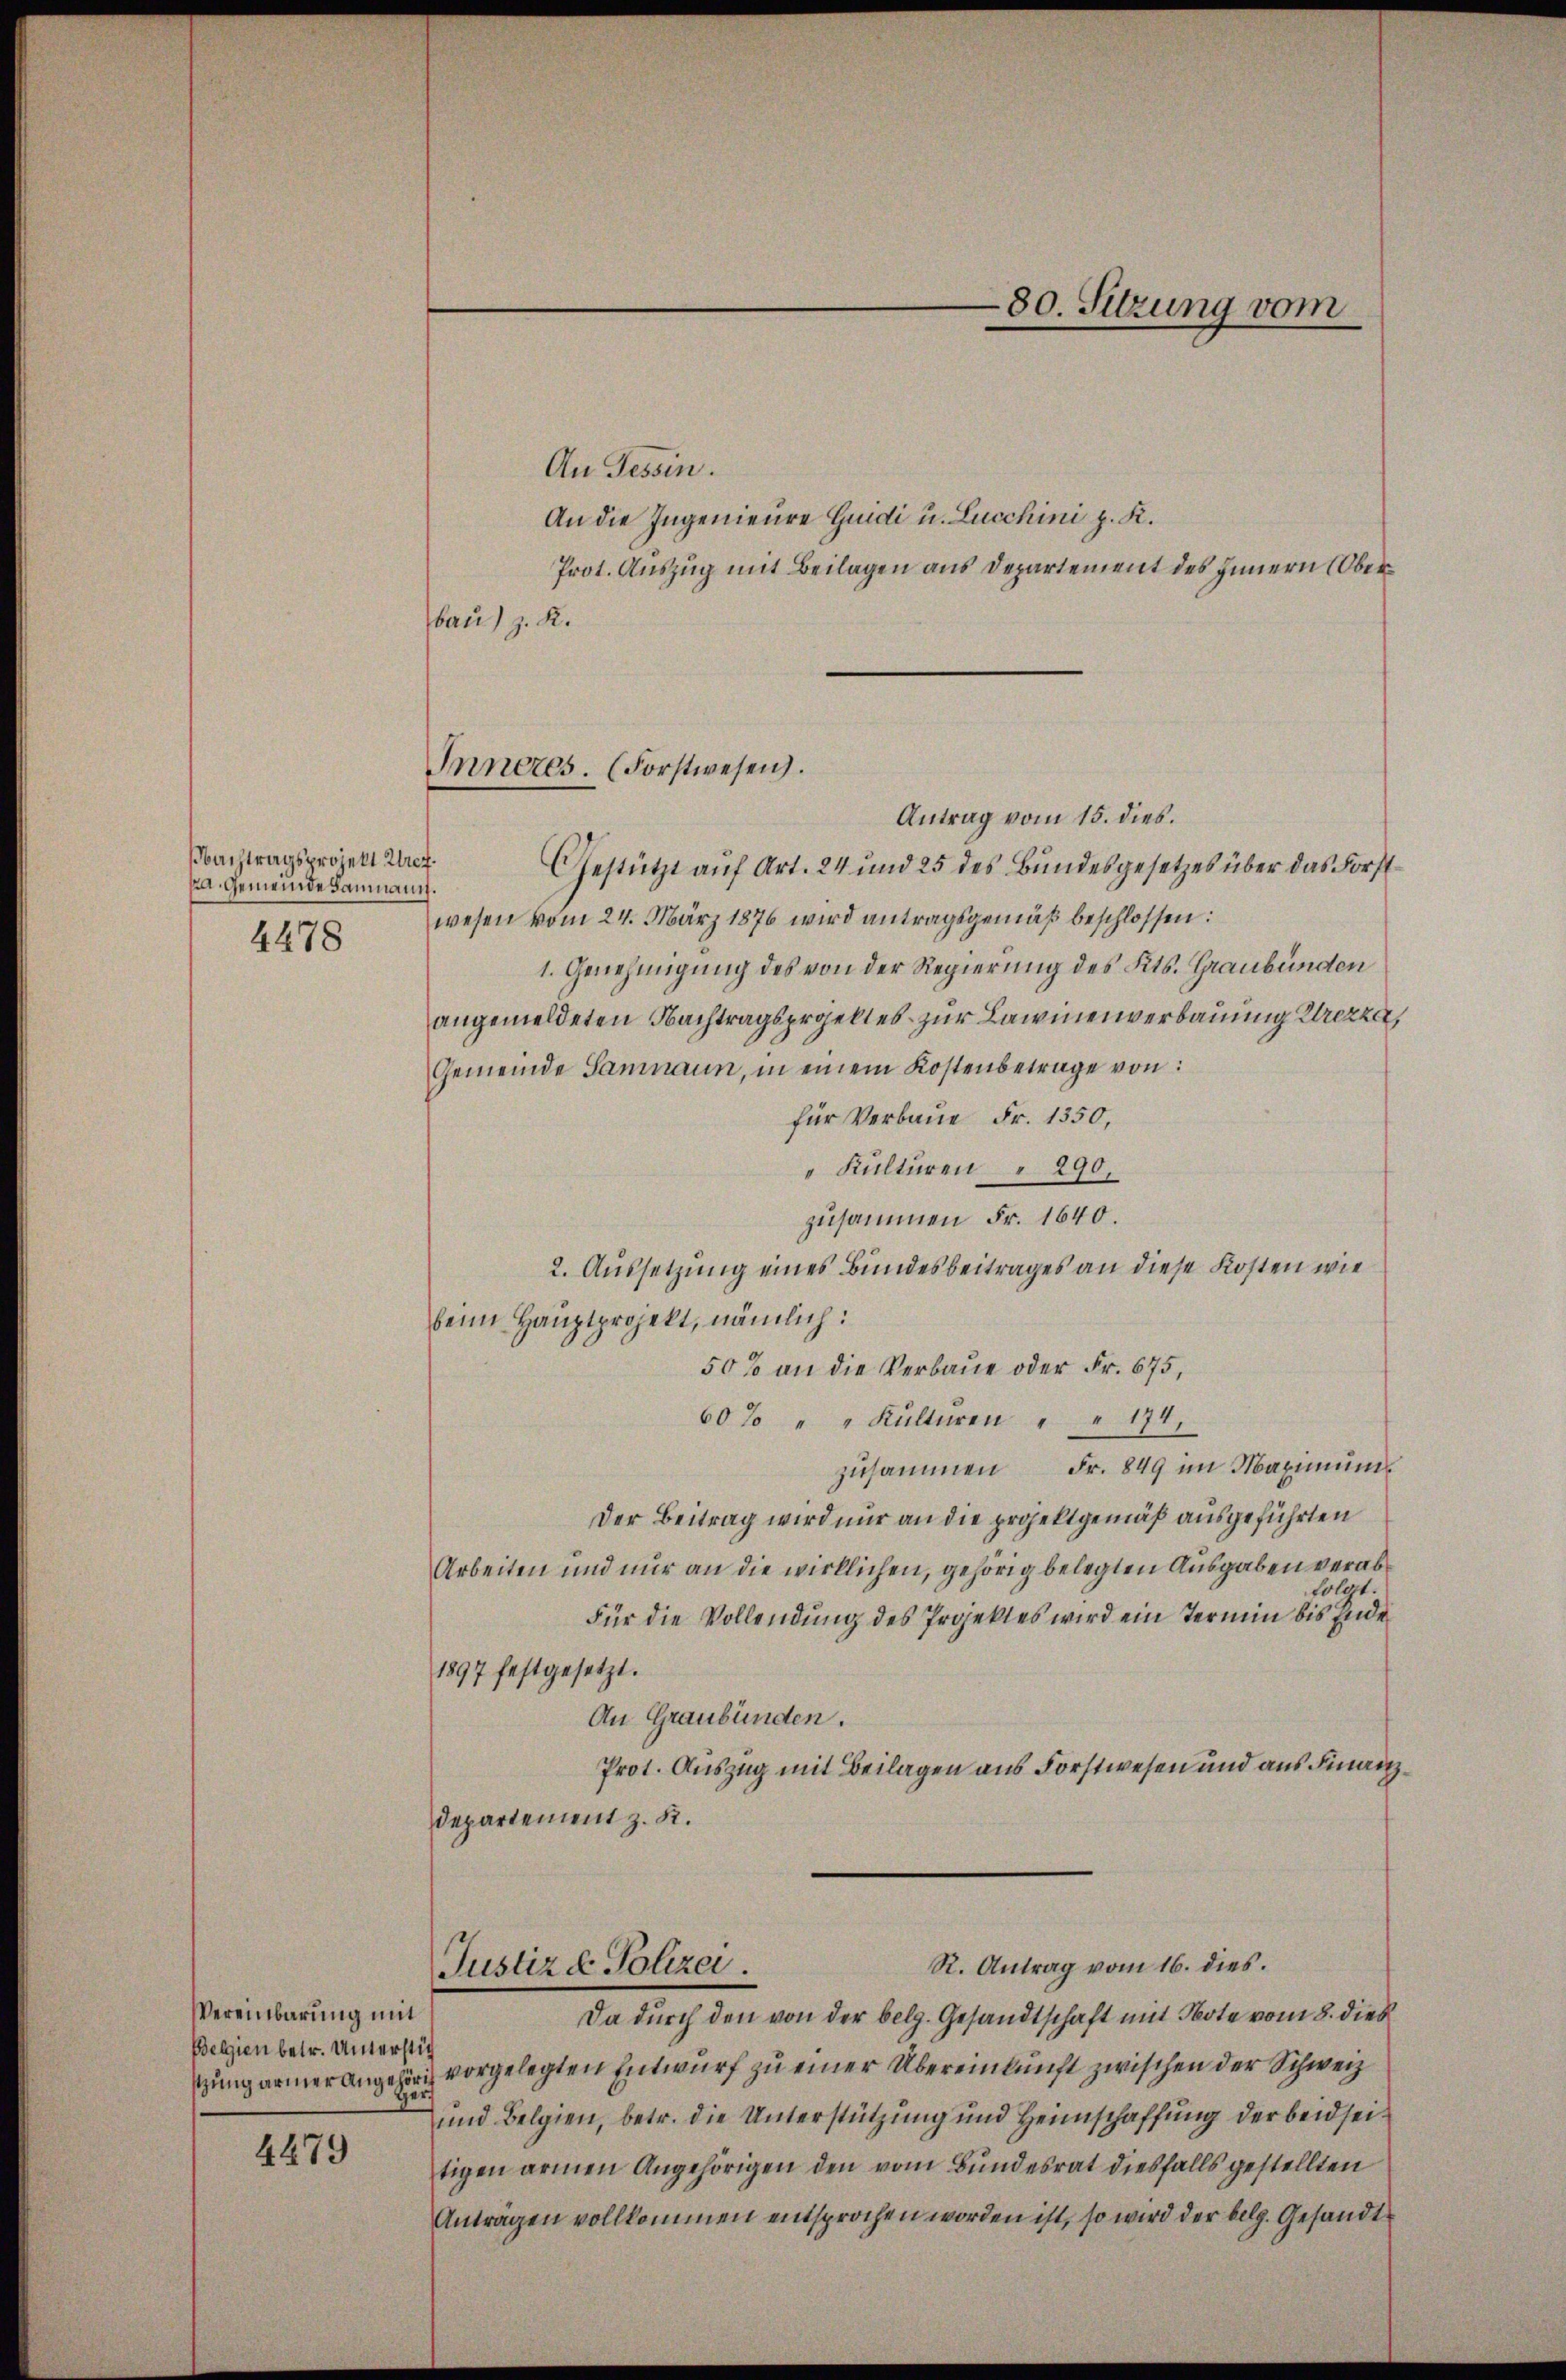
Nachtragsprojekt Urera. Gemeinde Baumanis
4478

Vereinbarung mit
Belgien betr. Untersti
tzung armer Angehörije¬

4479

Inneres. (Forstwesen.

80. Sitzung vom

An Tessin.
An die Ingenieure Guidi u. Lucchini p. K.
Prot. Auszug mit Beilagen aus Departement des Innern Oberbau) z. K.
Antrag vom 15. dies.
Gestützt auf Art. 24 und 25 des Bundesgesetzes über das Forstwesen vom 24. März 1876 wird antragsgemäß beschlossen:
1. Genehmigung des von der Regierung des Kts. Graubünden
angemeldeten Nachtragsprojektes zur Lawinenverbauung Urezzer,
Gemeinde Samnaun, in einem Kostenbetrage von:
für Verbaue Fr. 1350,
" Kulturen " 290.
zusammen Fr. 1640
2. Aussetzung eines Bundesbeitrages an diese Kosten wie
beim Hauptprojekt, nämlich:
50% an die Verbaue oder Fr. 675,
60% " " Kulturen " " 174,
zusammen Fr. 849 im Maximums
Der Beitrag wird nur an die projektgemäß ausgeführten
Arbeiten und nur an die wirklichen, gehörig belegten Ausgaben verabfolgt.
Für die Vollendung des Projektes wird ein Termin bis Ende¬
1897 festgesetzt.
An Graubünden.
Prot. Auszug mit Beilagen aus Forstwesen und aus Finanz
Departement z. R.
R. Antrag vom 16. dies.
Justiz & Polizei
Da durch den von der belg. Gesandtschaft mit Note vom 8. dies
vorgelegten Entwurf zu einer Übereinkunft zwischen der Schweiz
und Belgien, betr. die Unterstützung und Heimschaffung der beidseitigen armen Angehörigen den vom Bundesrat diesfalls gestellten
Anträgen vollkommen entsprochen worden ist, so wird der belg. Gesandt¬